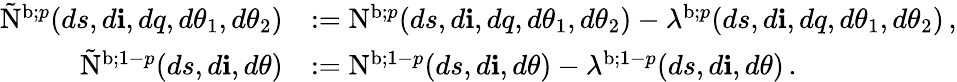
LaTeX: \begin{array}{rl}{\tilde{\mathrm{N}}^{\mathrm{b};p}(ds,d\mathbf{i},dq,d\theta_{1},d\theta_{2})}&{:=\mathrm{N}^{\mathrm{b};p}(ds,d\mathbf{i},dq,d\theta_{1},d\theta_{2})-\lambda^{\mathrm{b};p}(ds,d\mathbf{i},dq,d\theta_{1},d\theta_{2})\, ,}\\ {\tilde{\mathrm{N}}^{\mathrm{b};1-p}(ds,d\mathbf{i},d\theta)}&{:=\mathrm{N}^{\mathrm{b};1-p}(ds,d\mathbf{i},d\theta)-\lambda^{\mathrm{b};1-p}(ds,d\mathbf{i},d\theta)\, .}\end{array}